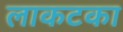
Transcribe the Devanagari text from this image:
लाकटका